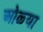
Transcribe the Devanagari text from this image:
ओळ्या